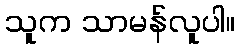
သူက သာမန်လူပါ။